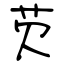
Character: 芡